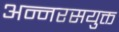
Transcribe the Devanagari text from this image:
अन्नरसयुक्त